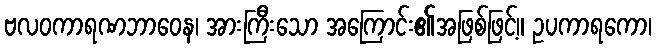
ဗလဝကာရဏဘာဝေန၊ အားကြီးသော အကြောင်း၏အဖြစ်ဖြင့်။ ဥပကာရကော၊